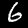
Label: 6